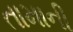
તામાની